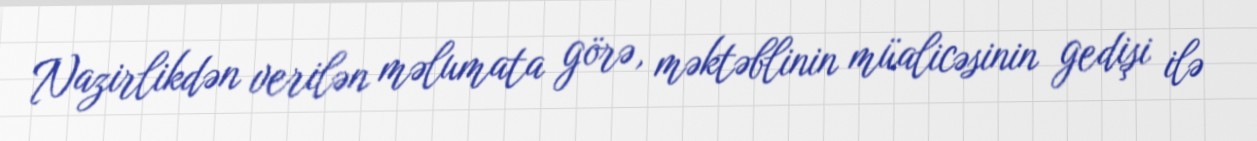
Nazirlikdən verilən məlumata görə, məktəblinin müalicəsinin gedişi ilə